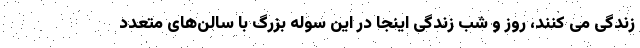
زندگی می کنند، روز و شب زندگی اینجا در این سوله بزرگ با سالن‌های متعدد